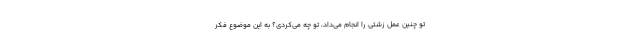
تو چنین عمل زشتی را انجام می‌داد، تو چه می‌کردی؟ به این موضوع فکر